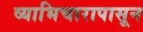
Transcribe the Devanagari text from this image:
व्याभिचारापासून